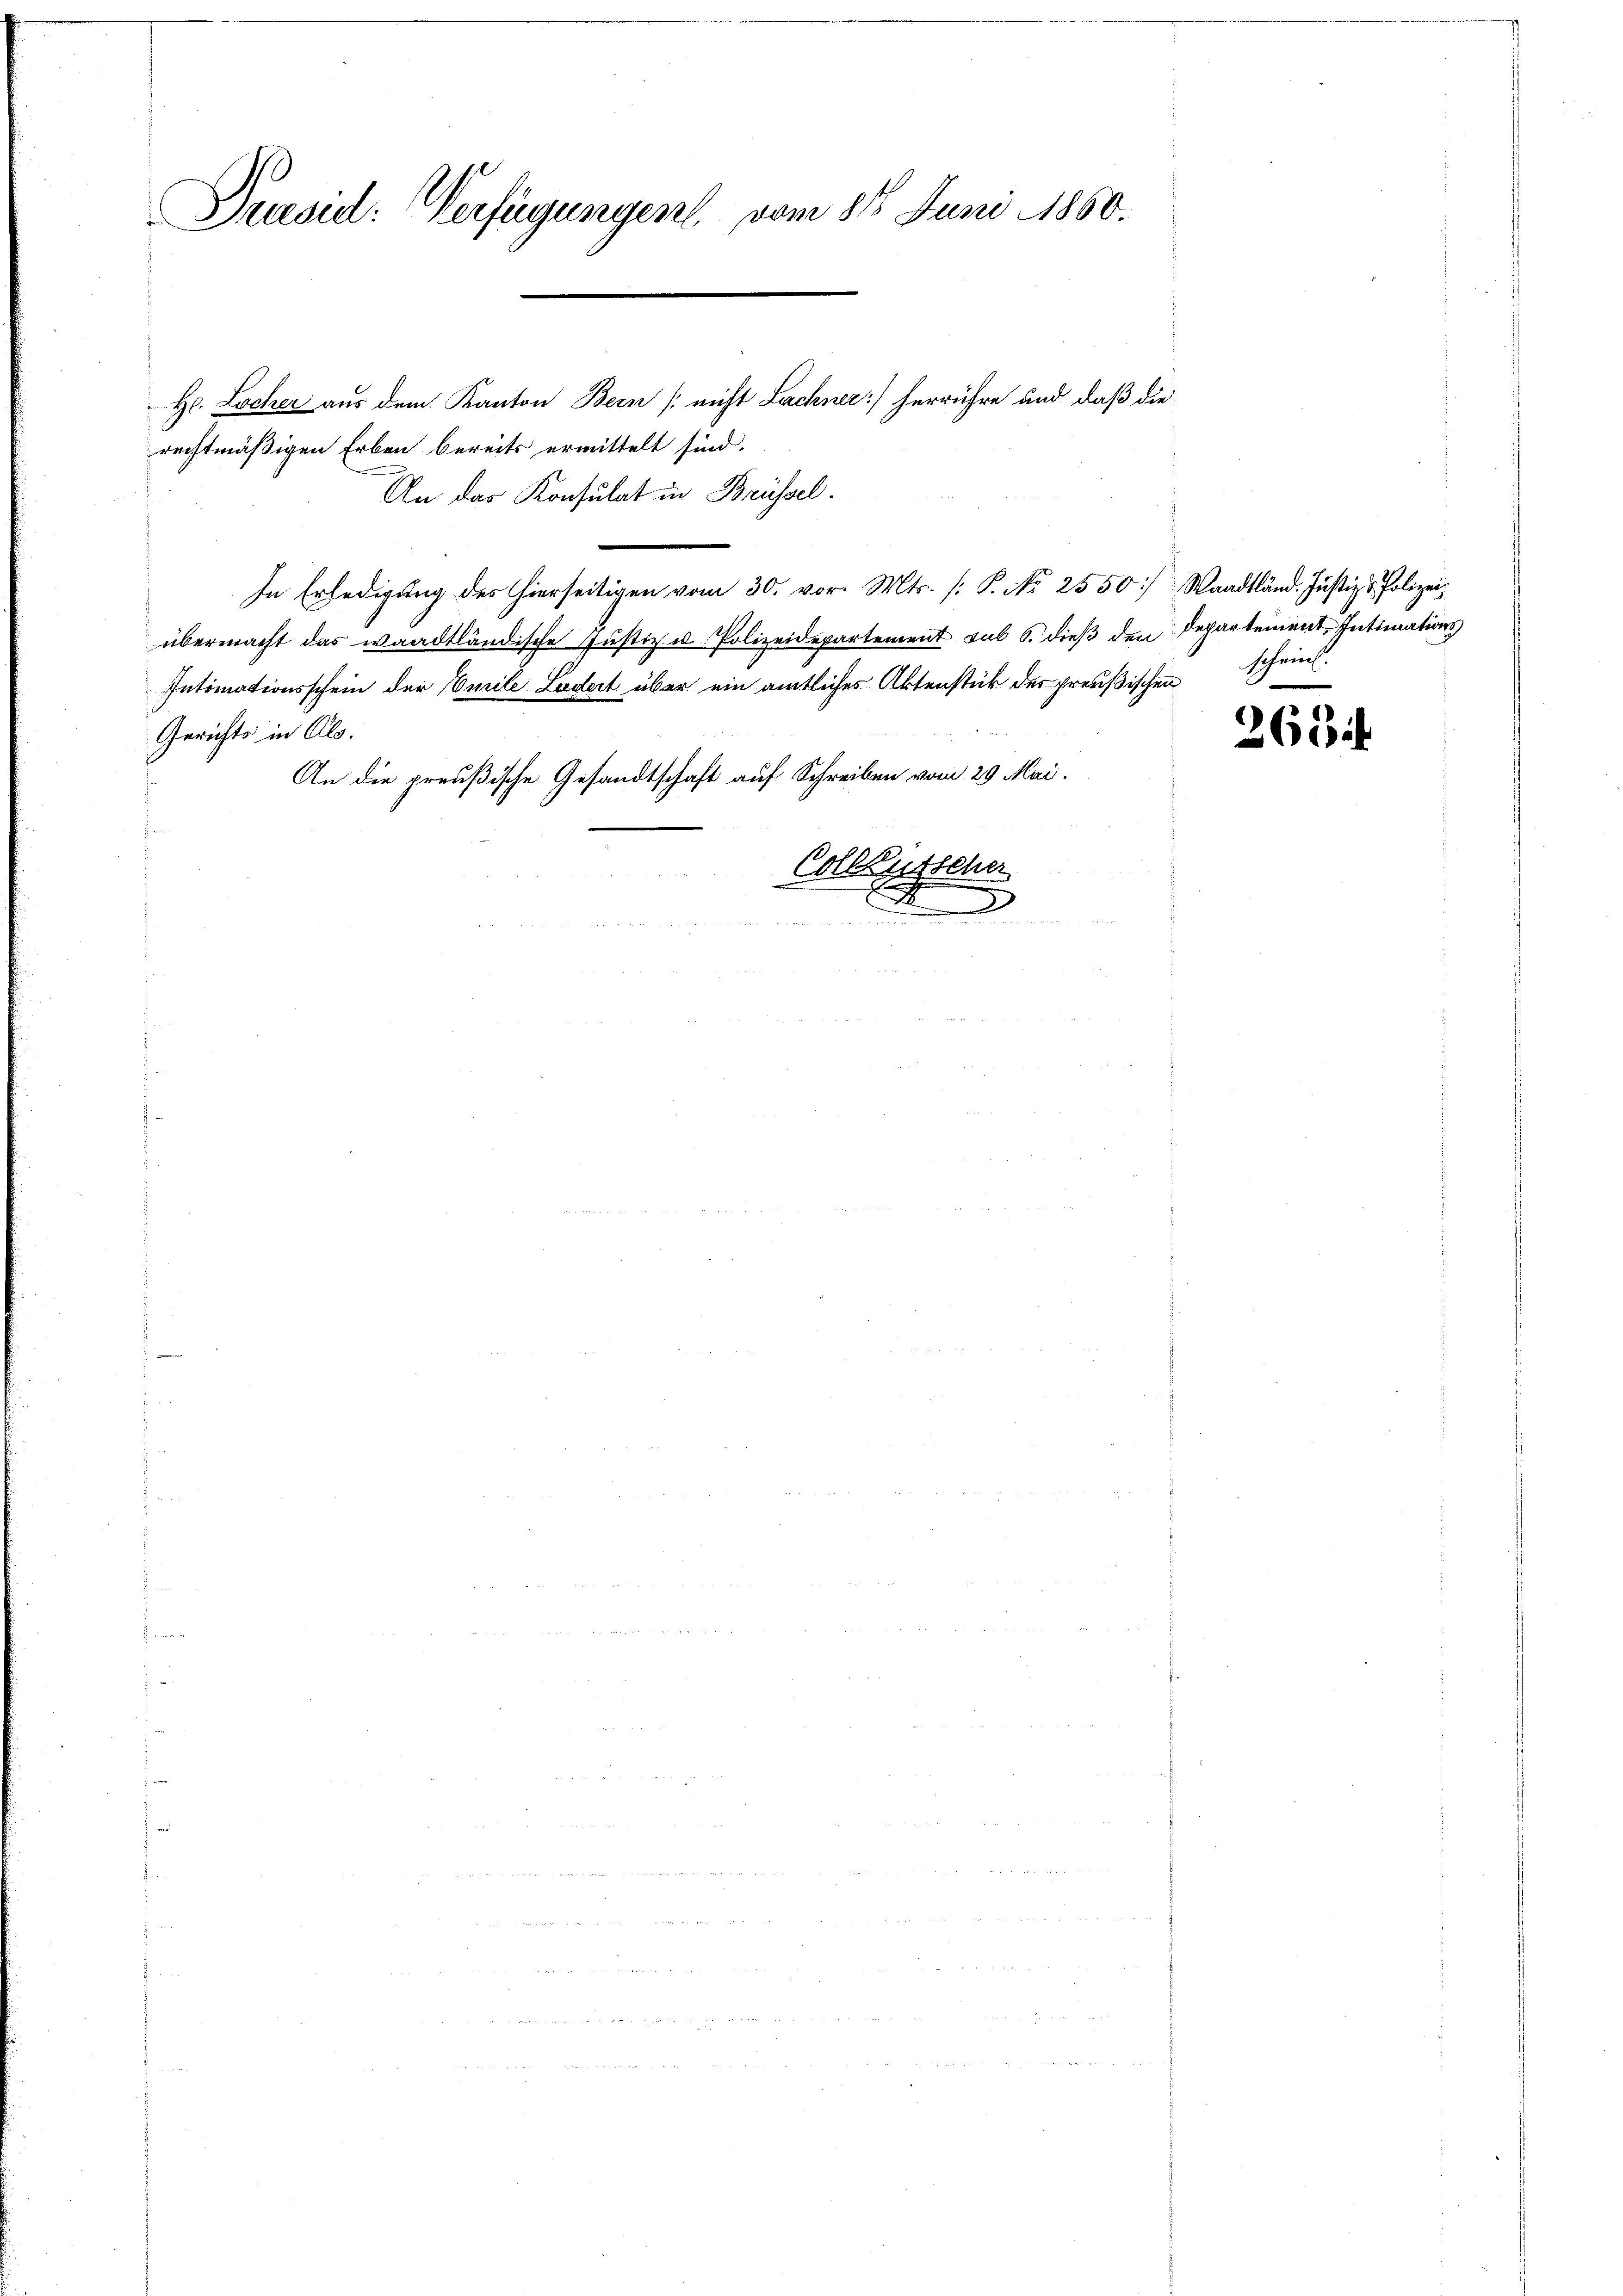
Praesid: Verfügungen, vom 815 Juni 1860.

e

e

H. Locher aus dem Kanton Bern (nicht Lachner) herrühre und daß die
rechtmäßigen Erben bereits ermittelt sind.
In Erledigung des hierseitigen vom 30. vor. Mts. (: S. No 2550] Waadtländ. Justiz & Polizeiübermacht das waadtländische Justiz u. Polizeidepartement sub 6. dieß den Departement Intimations
Intimationsschein der mile Ludert über ein amtliches Aktenstück des preußischen
Gerichts in Al.
An die preußische Gesandtschaft auf Schreiben vom 29. Mai.
Collzusteher
)
n

An das Konsulat in Brüssel.

schrif

265